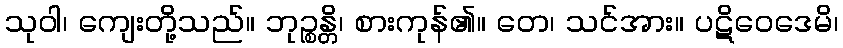
သုဝါ၊ ကျေးတို့သည်။ ဘုဉ္စန္တိ၊ စားကုန်၏။ တေ၊ သင်အား။ ပဋိဝေဒေမိ၊